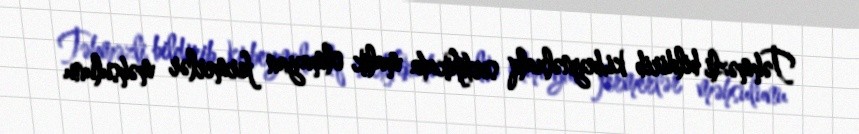
Təhməzli bildirib ki,beynəlxalq sertifikata malik olmayan fermerlər məhsulunu